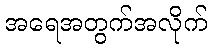
အရေအတွက်အလိုက်